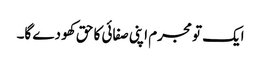
ایک تو مجرم اپنی صفائی کا حق کھو دے گا۔